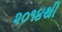
૨૦૧૪થી